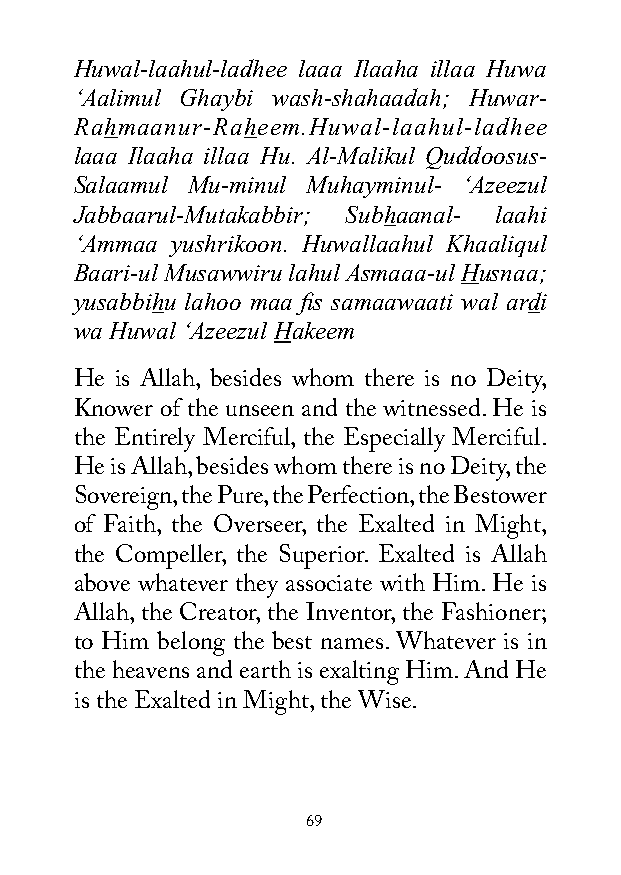
Huwal-laahul-ladhee laaa Ilaaha illaa Huwa
 ‘Aalimul Ghaybi wash-shahaadah; Huwar-
 Rahmaanur-Raheem.Huwal-laahul-ladhee
 laaa Ilaaha illaa Hu. Al-Malikul Quddoosus-
 Salaamul Mu-minul Muhayminul- ‘Azeezul
 Jabbaarul-Mutakabbir; Subhaanal- laahi
 ‘Ammaa yushrikoon. Huwallaahul Khaaliqul
 Baari-ul Musawwiru lahul Asmaaa-ul Husnaa;
 yusabbihu lahoo maa fis samaawaati wal ardi
 wa Huwal ‘Azeezul Hakeem
 He is Allah, besides whom there is no Deity,
 Knower of the unseen and the witnessed. He is
 the Entirely Merciful, the Especially Merciful.
 He is Allah, besides whom there is no Deity, the
 Sovereign, the Pure, the Perfection, the Bestower
 of Faith, the Overseer, the Exalted in Might,
 the Compeller, the Superior. Exalted is Allah
 above whatever they associate with Him. He is
 Allah, the Creator, the Inventor, the Fashioner;
 to Him belong the best names. Whatever is in
 the heavens and earth is exalting Him. And He
 is the Exalted in Might, the Wise.
 69